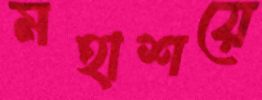
মহাশয়ে